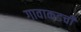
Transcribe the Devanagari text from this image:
गावाकडची